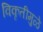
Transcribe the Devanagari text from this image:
विकृतीमुळे